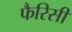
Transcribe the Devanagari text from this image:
फैरिसी